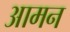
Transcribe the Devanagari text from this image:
आमन